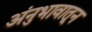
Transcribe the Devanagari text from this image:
अंनुभावातून